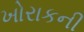
ખોરાકની